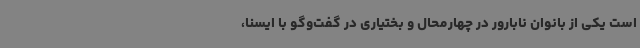
است یکی از بانوان نابارور در چهارمحال و بختیاری در گفت‌وگو با ایسنا،